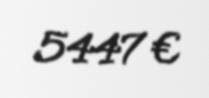
5447 €